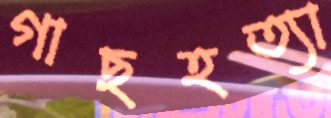
গাছহত্যা